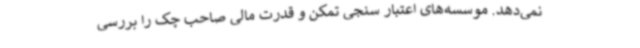
نمی‌دهد. موسسه‌های اعتبار سنجی تمکن و قدرت مالی صاحب چک را بررسی